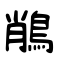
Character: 𪁎